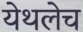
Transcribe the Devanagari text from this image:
येथलेच